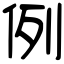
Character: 例